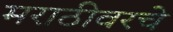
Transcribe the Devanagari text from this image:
मराठीवरचे